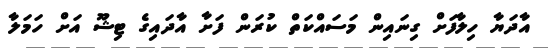
އާދަޔާ ހިލާފަށް ގިނައިން މަސައްކަތް ކުރަން ފަށާ އާދައިގެ ޓިޝޫ އަށް ހަމަލާ